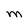
Character: M